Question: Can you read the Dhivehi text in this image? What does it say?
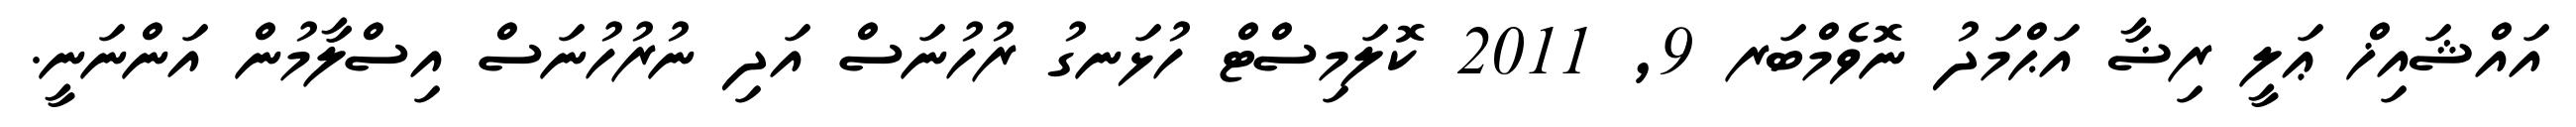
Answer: އައްޝައިޚް ޢަލީ ރިޟާ އަޙްމަދު ނޮވެމްބަރ 9, 2011 ކޮލަމިސްޓް ހުޅަނގު ރުހުނަސް އަދި ނުރުހުނަސް އިސްލާމުން އަންނަނީ.